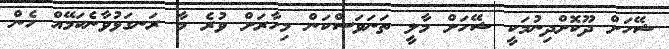
ޝޭހަށް ދޫކޮށްދިނުމަކީ ޝޭހަށް މާލީ ތަނަވަސްކަން މިހާރަށް ވުރެ މާ ރަނގަޅުވާނެކަމޭއް ހެން